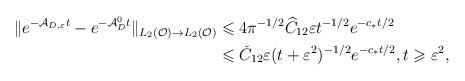
LaTeX: \begin{align*}\Vert e^{-\mathcal{A}_{D,\varepsilon}t}-e^{-\mathcal{A}_D^0t}\Vert _{L_2(\mathcal{O})\rightarrow L_2(\mathcal{O})}&\leqslant4\pi ^{-1/2}\widehat{C}_{12}\varepsilon t^{-1/2}e^{-c_*t/2}\\&\leqslant \check{C}_{12}\varepsilon (t+\varepsilon^2)^{-1/2} e^{-c_*t/2},t\geqslant \varepsilon ^2,\end{align*}